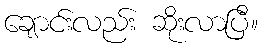
ချောင်းလည်း ဆိုးလာပြီ။